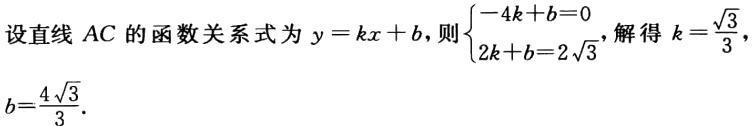
设直线 \(AC\) 的函数关系式为 \(y = kx + b\)，则\(\begin{cases}-4k + b = 0,\\2k + b = 2\sqrt{3}\end{cases}\)，解得 \(k = \frac{\sqrt{3}}{3}\)，\(b=\frac{4\sqrt{3}}{3}\)．